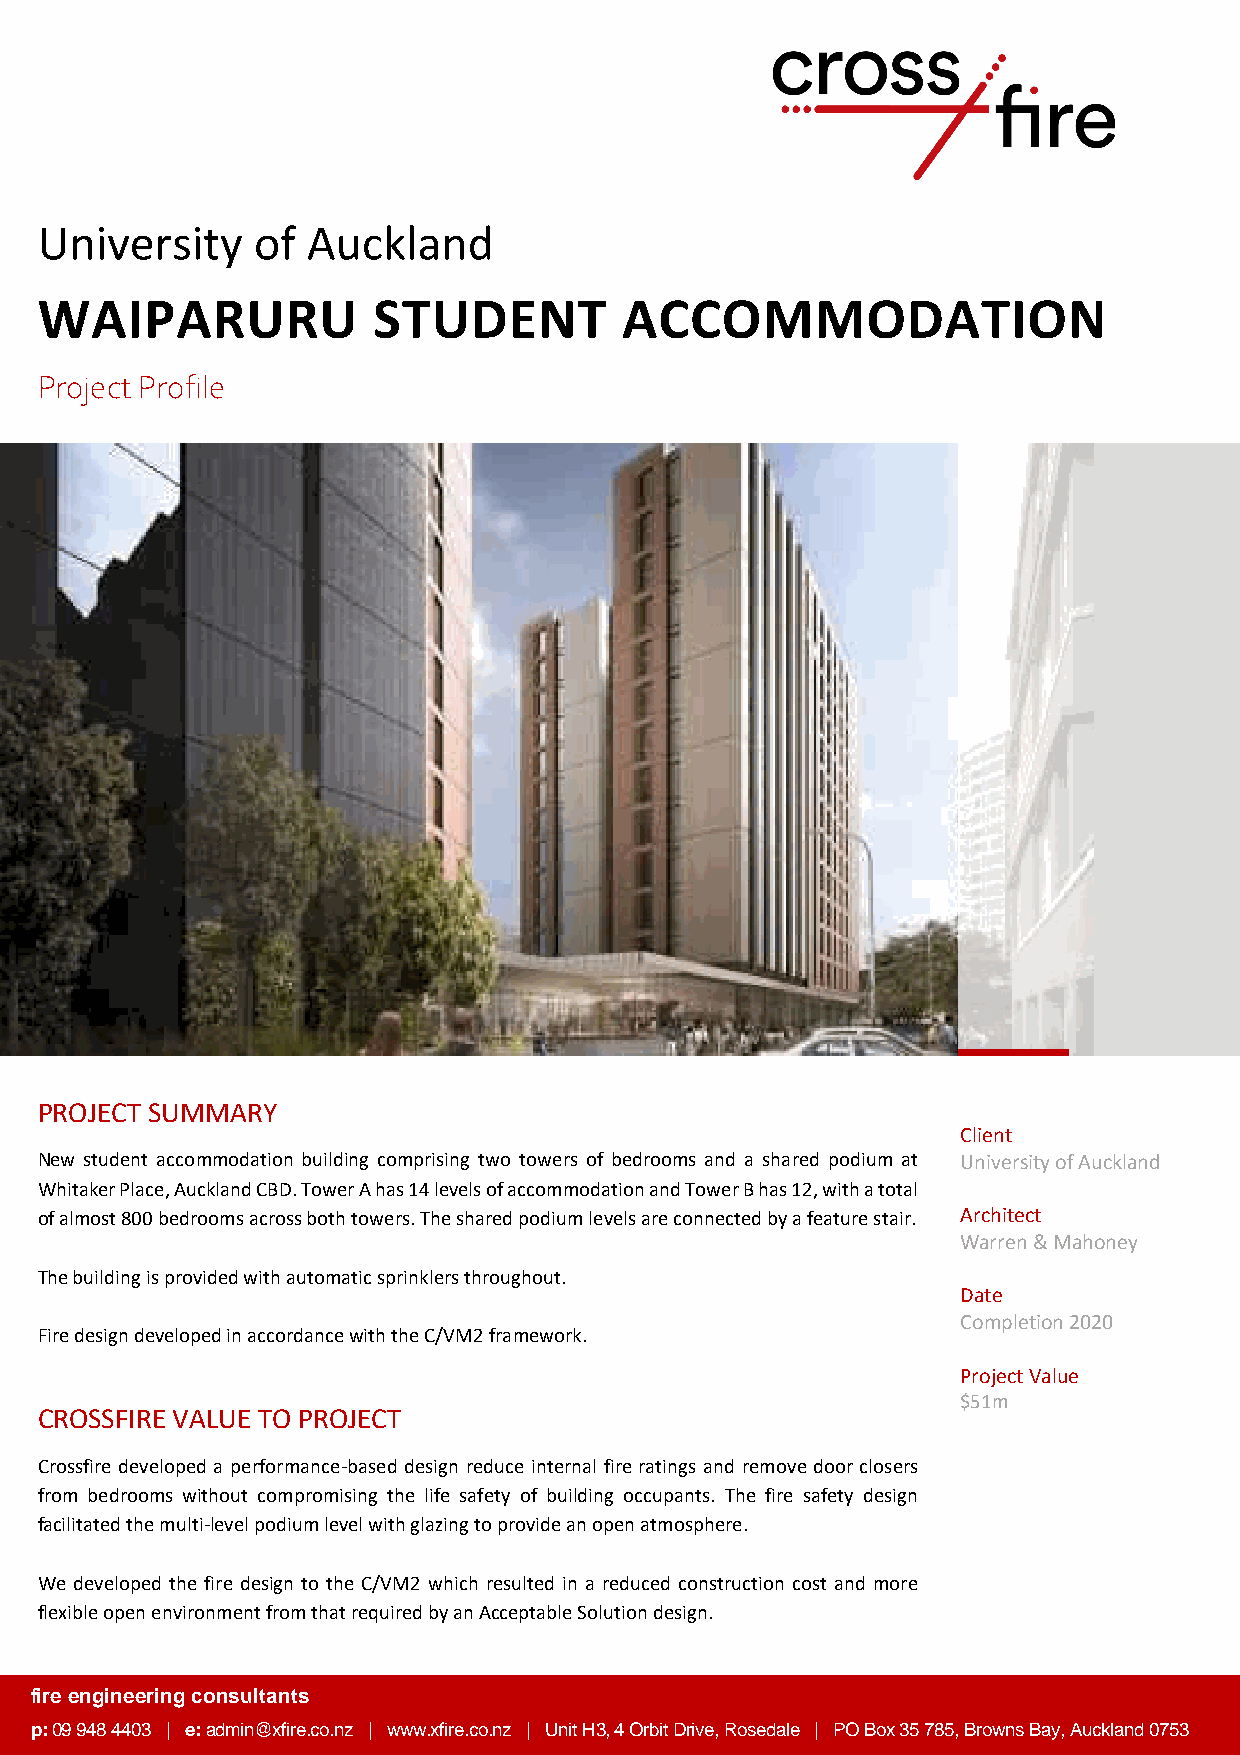
University     of Auckland
 WAIPARURU              STUDENT         ACCOMMODATION
 Project Profile
 PROJECT SUMMARY
 Client
 New student accommodation building comprising two towers of bedrooms and a shared podium at University of Auckland
 Whitaker Place, Auckland CBD. Tower A has 14 levels of accommodation and Tower B has 12, with a total
 of almost 800 bedrooms across both towers. The shared podium levels are connected by a feature stair. Architect
 Warren & Mahoney
 The building is provided with automatic sprinklers throughout.
 Date
 Completion 2020
 Fire design developed in accordance with the C/VM2 framework.
 Project Value
 $51m
 CROSSFIRE VALUE TO PROJECT
 Crossfire developed a performance-based design reduce internal fire ratings and remove door closers
 from bedrooms without compromising the life safety of building occupants. The fire safety design
 facilitated the multi-level podium level with glazing to provide an open atmosphere.
 We developed the fire design to the C/VM2 which resulted in a reduced construction cost and more
 flexible open environment from that required by an Acceptable Solution design.
 fi re engineering consultants
 p: 09 948 4403 | e: admin@xfire.co.nz | www.xfire.co.nz | Unit H3, 4 Orbit Drive, Rosedale | PO Box 35 785, Browns Bay, Auckland 0753